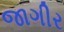
જાગીર